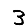
Digit: 3